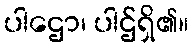
ပါဌော၊ ပါဌ်ရှိ၏။